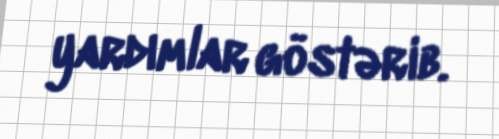
yardımlar göstərib.